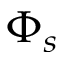
\Phi _ { s }